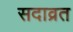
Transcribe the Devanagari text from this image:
सदाव्रत